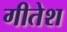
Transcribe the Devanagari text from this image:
गीतेश